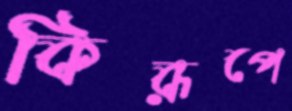
কিরূপে